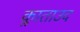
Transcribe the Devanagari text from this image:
क्लाताउद